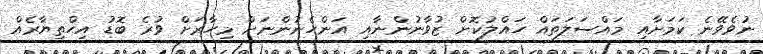
ނުވެވޭނެ ކަމަށާއި މައްސަލަތައް ހައްލުކޮށް ޒުވާނުންނާއި އަންހެނުންނަށް މިހާރަށް ވުރެ ބޮޑު އިހްތިޔާރެއް